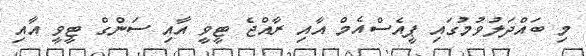
މި ބައްދަލުވުމުގައި ޕީއެސްއެމް އާއި ރާއްޖެ ޓީވީ އާއި ސަންގް ޓީވީ އާއި